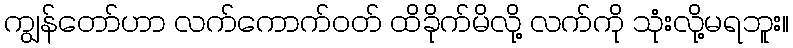
ကျွန်တော်ဟာ လက်ကောက်ဝတ် ထိခိုက်မိလို့ လက်ကို သုံးလို့မရဘူး။